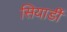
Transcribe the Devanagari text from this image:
सियार्डी